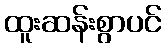
ထူးဆန်းစွာပင်